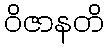
ဝိဇာနတိ